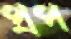
প্রপ